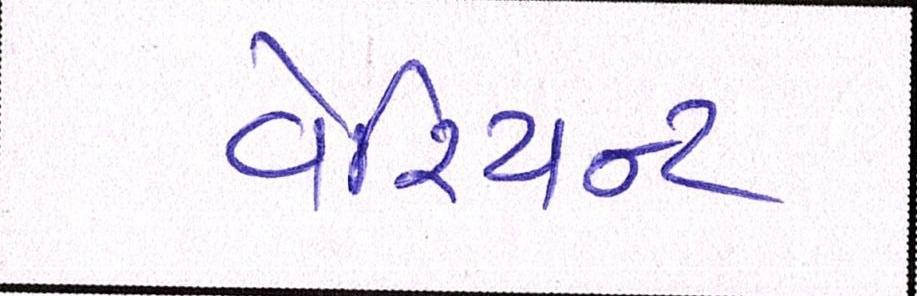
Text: વેરિયન્ટ